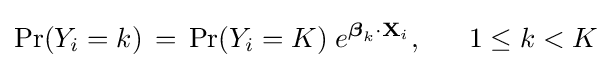
\Pr(Y_{i}=k)\,=\,{\Pr(Y_{i}=K)}\;e^{{\boldsymbol {\beta }}_{k}\cdot \mathbf {X} _{i}},\;\;\;\;\;\;1\leq k<K